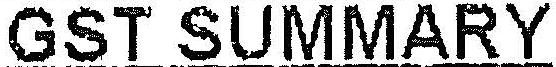
GST SUMMARY